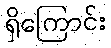
ရှိကြောင်း